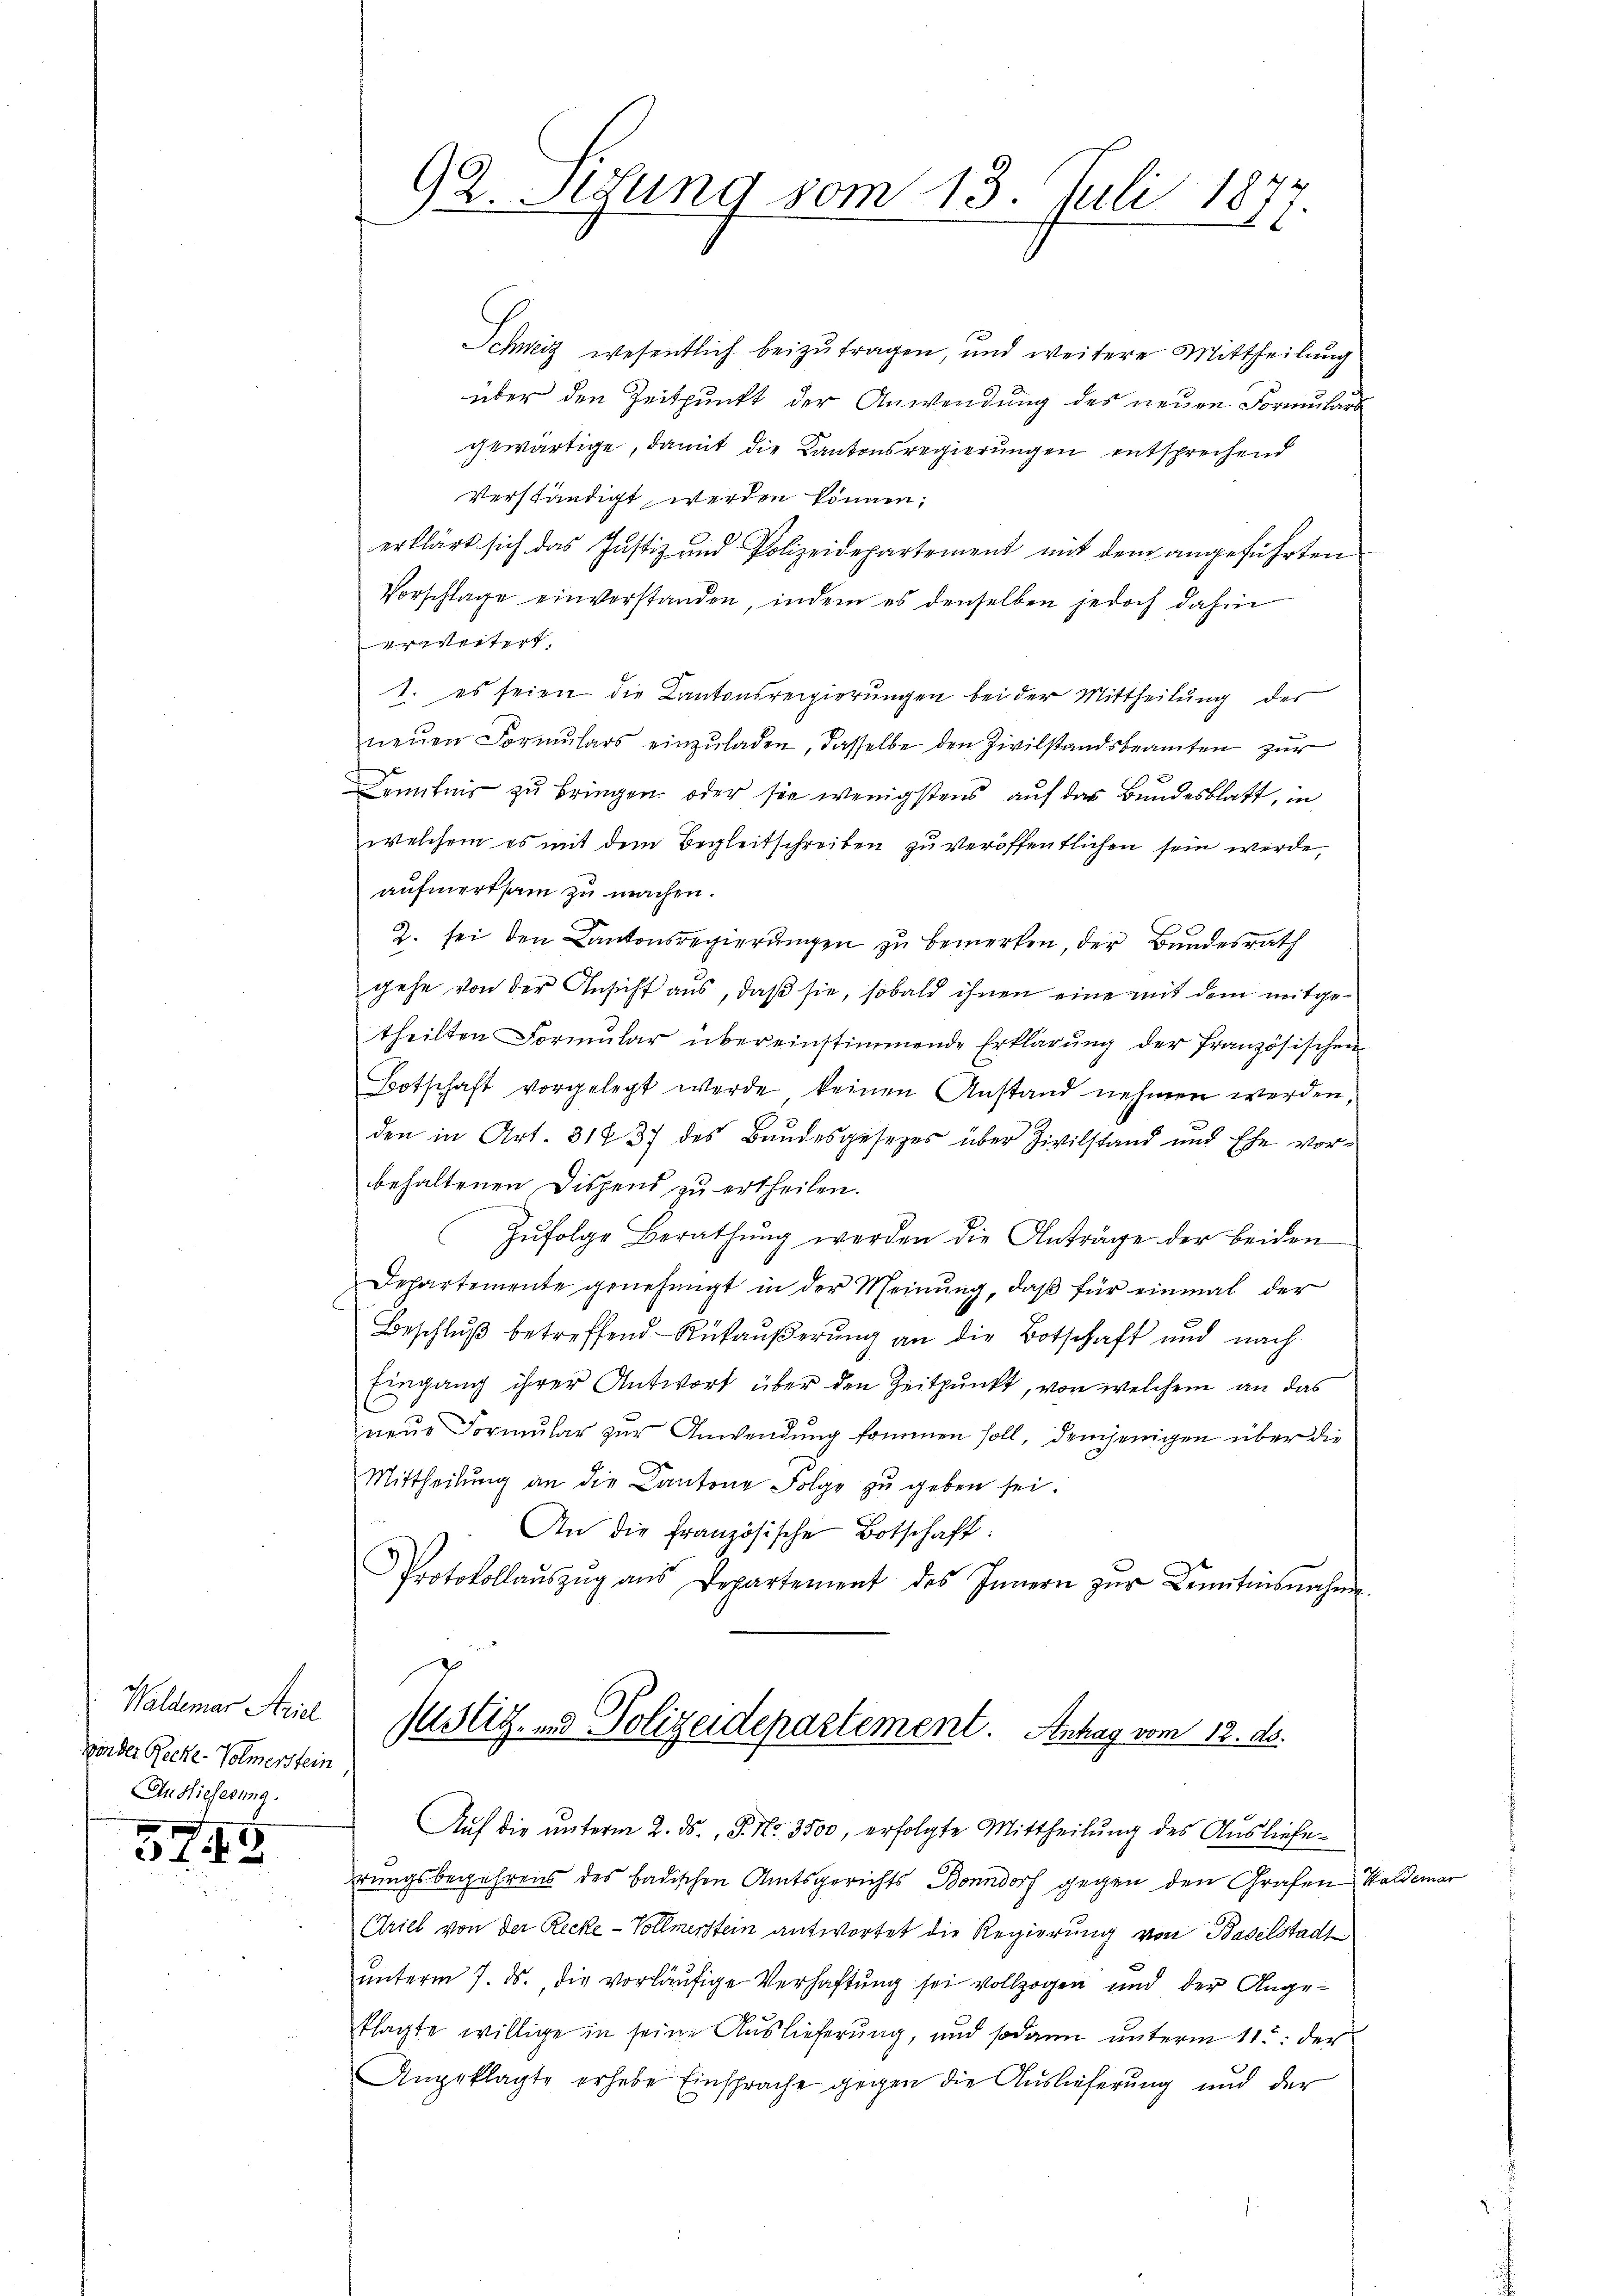
Waldemar Ariel
önder Recke. Volmenstein,
In Hieheswig.

5745

92. Segung vom 13. Juli 18
.

Schweiz wesentlich beizŭtragen, und weitere Mittheilŭng
über den Zeitpunkt der Anwendung des neuen Formulars
gewärtige, damit die Kantonsregierungen entsprechend
verständigt werden können;
erklärt sich das Justiz- und Polizeidepartement mit dem angeführten
Vorschlage einverstanden, indem es denselben jedoch dahin
weiter
1. es seien die Kantonsregierungen bei der Mittheilung der
neŭen Formŭlars einzŭladen, dasselbe den Zivilstandsbeamten zur
Kenntnis zu bringen, oder sie wenigstens auf das Bundesblatt, in
welchem es mit dem Begleitschreiben zu veröffentlichen sein werde,
aufmerksam zu machen.
2. sei den Kantonsregierungen zu bemerken, der Bundesrath
gehe von der Ansicht aus, daß sie, sobald ihnen eine mit dem mitgetheilten Formŭlar übereinstimmende Erklärung der französischen
Botschaft vorgelegt werde keinen Anstand nehmen werden,
den in Art. 318 37 des Bandesgesezes über Zivilstand und Ehe vor-
behaltenen Dispens zu ertheilen.
Zŭfolge Berathŭng werden die Anträge der beiden
Departemente genehmigt in der Meinung, daß für einmal der
Beschluß betreffend - Rükäußerung an die Botschaft und nach
Eingang ihrer Antwort über den Zeitpunkt, von welchem an das
neue Formular zur Anwendung kommen soll, demjenigen über die
Mittheilŭng an die Kantone Folge zŭ geben sei.
An die Französische Botschaft.
Protokollaŭszŭg ans Departement des Innern zŭr Kenntnisnahme

Justig. und Polizeidepartement. Antrag vom 12. ds.

Auf die ŭnterm 2. ds. P. Nr. 3500, erfolgte Mittheilung des Auslieferungsbegehrens des badischen Amtsgerichts Bonndorf gegen den Grafen Waldern
Crill von der Recke -Vollmerstein antwortet die Regierung von Baselstadt
unterm 7. ds., die vorläufige Verhaftung sei vollzogen und der Angeklagte willige in seine Auslieferung, und sodann unterm 11t. der
Angeklagte erhebe Einsprache gegen die Auslieferung und der